Senior Leaving Certificate Examination (including Day School Certificate (Higher) General paper), 1947
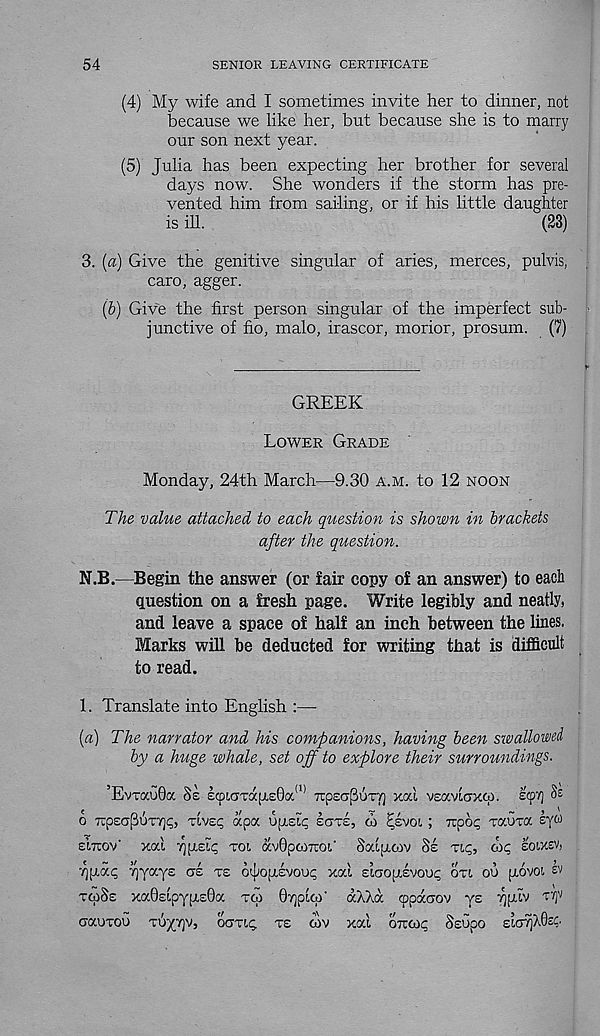
54
SENIOR LEAVING CERTIFICATE
(4) My wife and I sometimes invite her to dinner, not
because we like her, but because she is to marry
our son next year.
(5) Julia has been expecting her brother for several
days now. She wonders if the storm has pre-
vented him from sailing, or if his little daughter
is ill.
(23)
3. (a) Give the genitive singular of aries, merces, pulvis,
caro, agger.
(b) Give the first person singular of the imperfect sub-
junctive of fio, malo, irascor, morior, prosum. (7)
GREEK
Lower Grade
Monday, 24th March—9.30 a.m. to 12 noon
The value attached to each question is shown in brackets
after the question.
N.B.—Begin the answer (or fair copy of an answer) to each
question on a fresh page. Write legibly and neatly,
and leave a space of half an inch between the lines.
Marks will be deducted for writing that is difficult
to read.
1. Translate into English :—-
{a) The narrator and his companions, having been swallowed
by a huge whale, set ojf to explore their surroundings.
’EvtocuOoc 8e scpicrTdcfi,£0a. <I) Ttpso-puTT] xai veaviaxw. ecp'i) Ss
o rcpeapuTT]^, xivec, apa upteL.; ears,
; xpop Taura sy 03
einov' xai 7){i.Eu; tol avOptUTroi,' Saipioiv Sz tic;, coc, eoixsv,
^(rai; Yjvaye ere te ojopivoix; xai Eiaopivoup cm ou piovot. ev
tcoSe xa0£ipYfjt£0a tw 07]picp' aXXa cppacov y£
rrjv
uauTOU Tuyrjv, ocmt; te giv xai ottco^ Ssupo EicnjX0s4